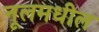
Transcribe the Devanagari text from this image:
नूलमधील